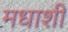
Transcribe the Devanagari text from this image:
मधाशी